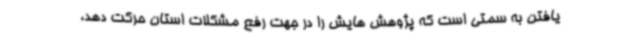
یافتن به سمتی است که پژوهش هایش را در جهت رفع مشکلات استان حرکت دهد،